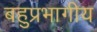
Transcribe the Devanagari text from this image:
बहुप्रभागीय